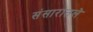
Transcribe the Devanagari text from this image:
संसारातले